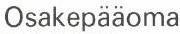
Osakepääoma